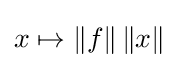
x\mapsto \|f\|\,\|x\|